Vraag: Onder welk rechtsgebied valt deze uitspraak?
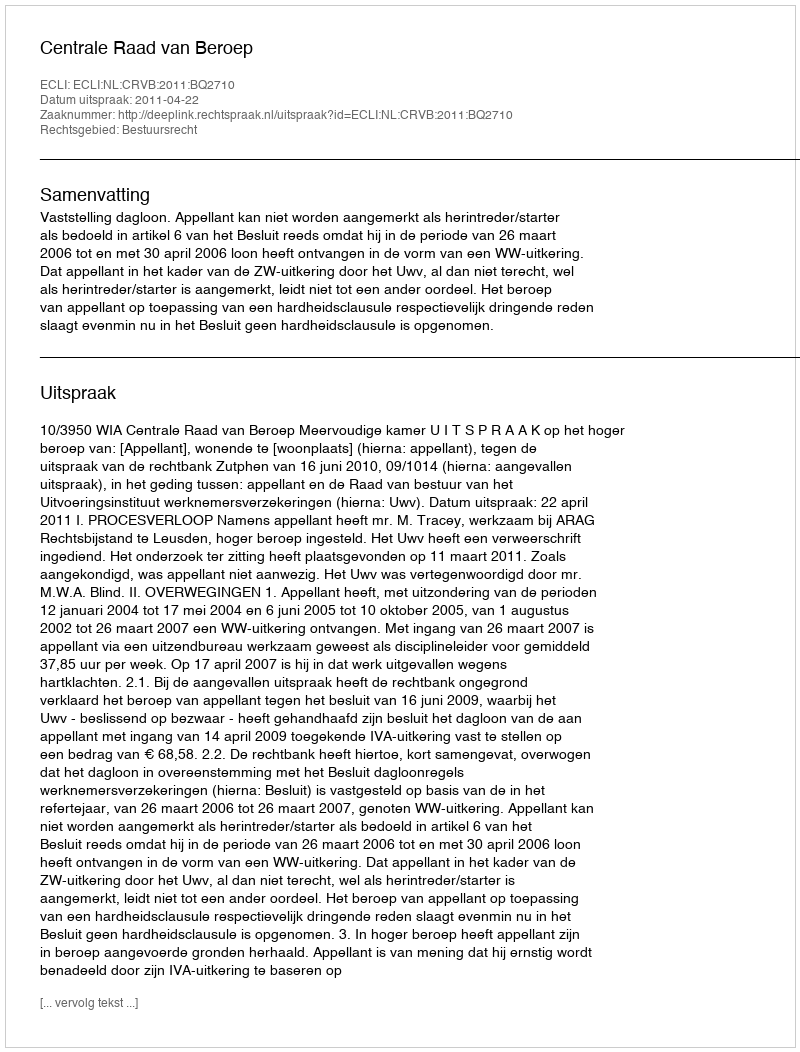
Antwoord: Bestuursrecht